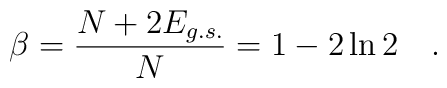
\beta=\frac{N+2E_{g.s.}}{N}=1-2\ln 2\quad .